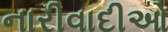
નારીવાદીઓ